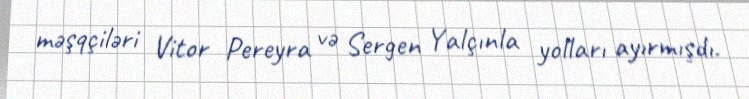
məşqçiləri Vitor Pereyra və Sergen Yalçınla yolları ayırmışdı.